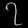
Digit: ၇